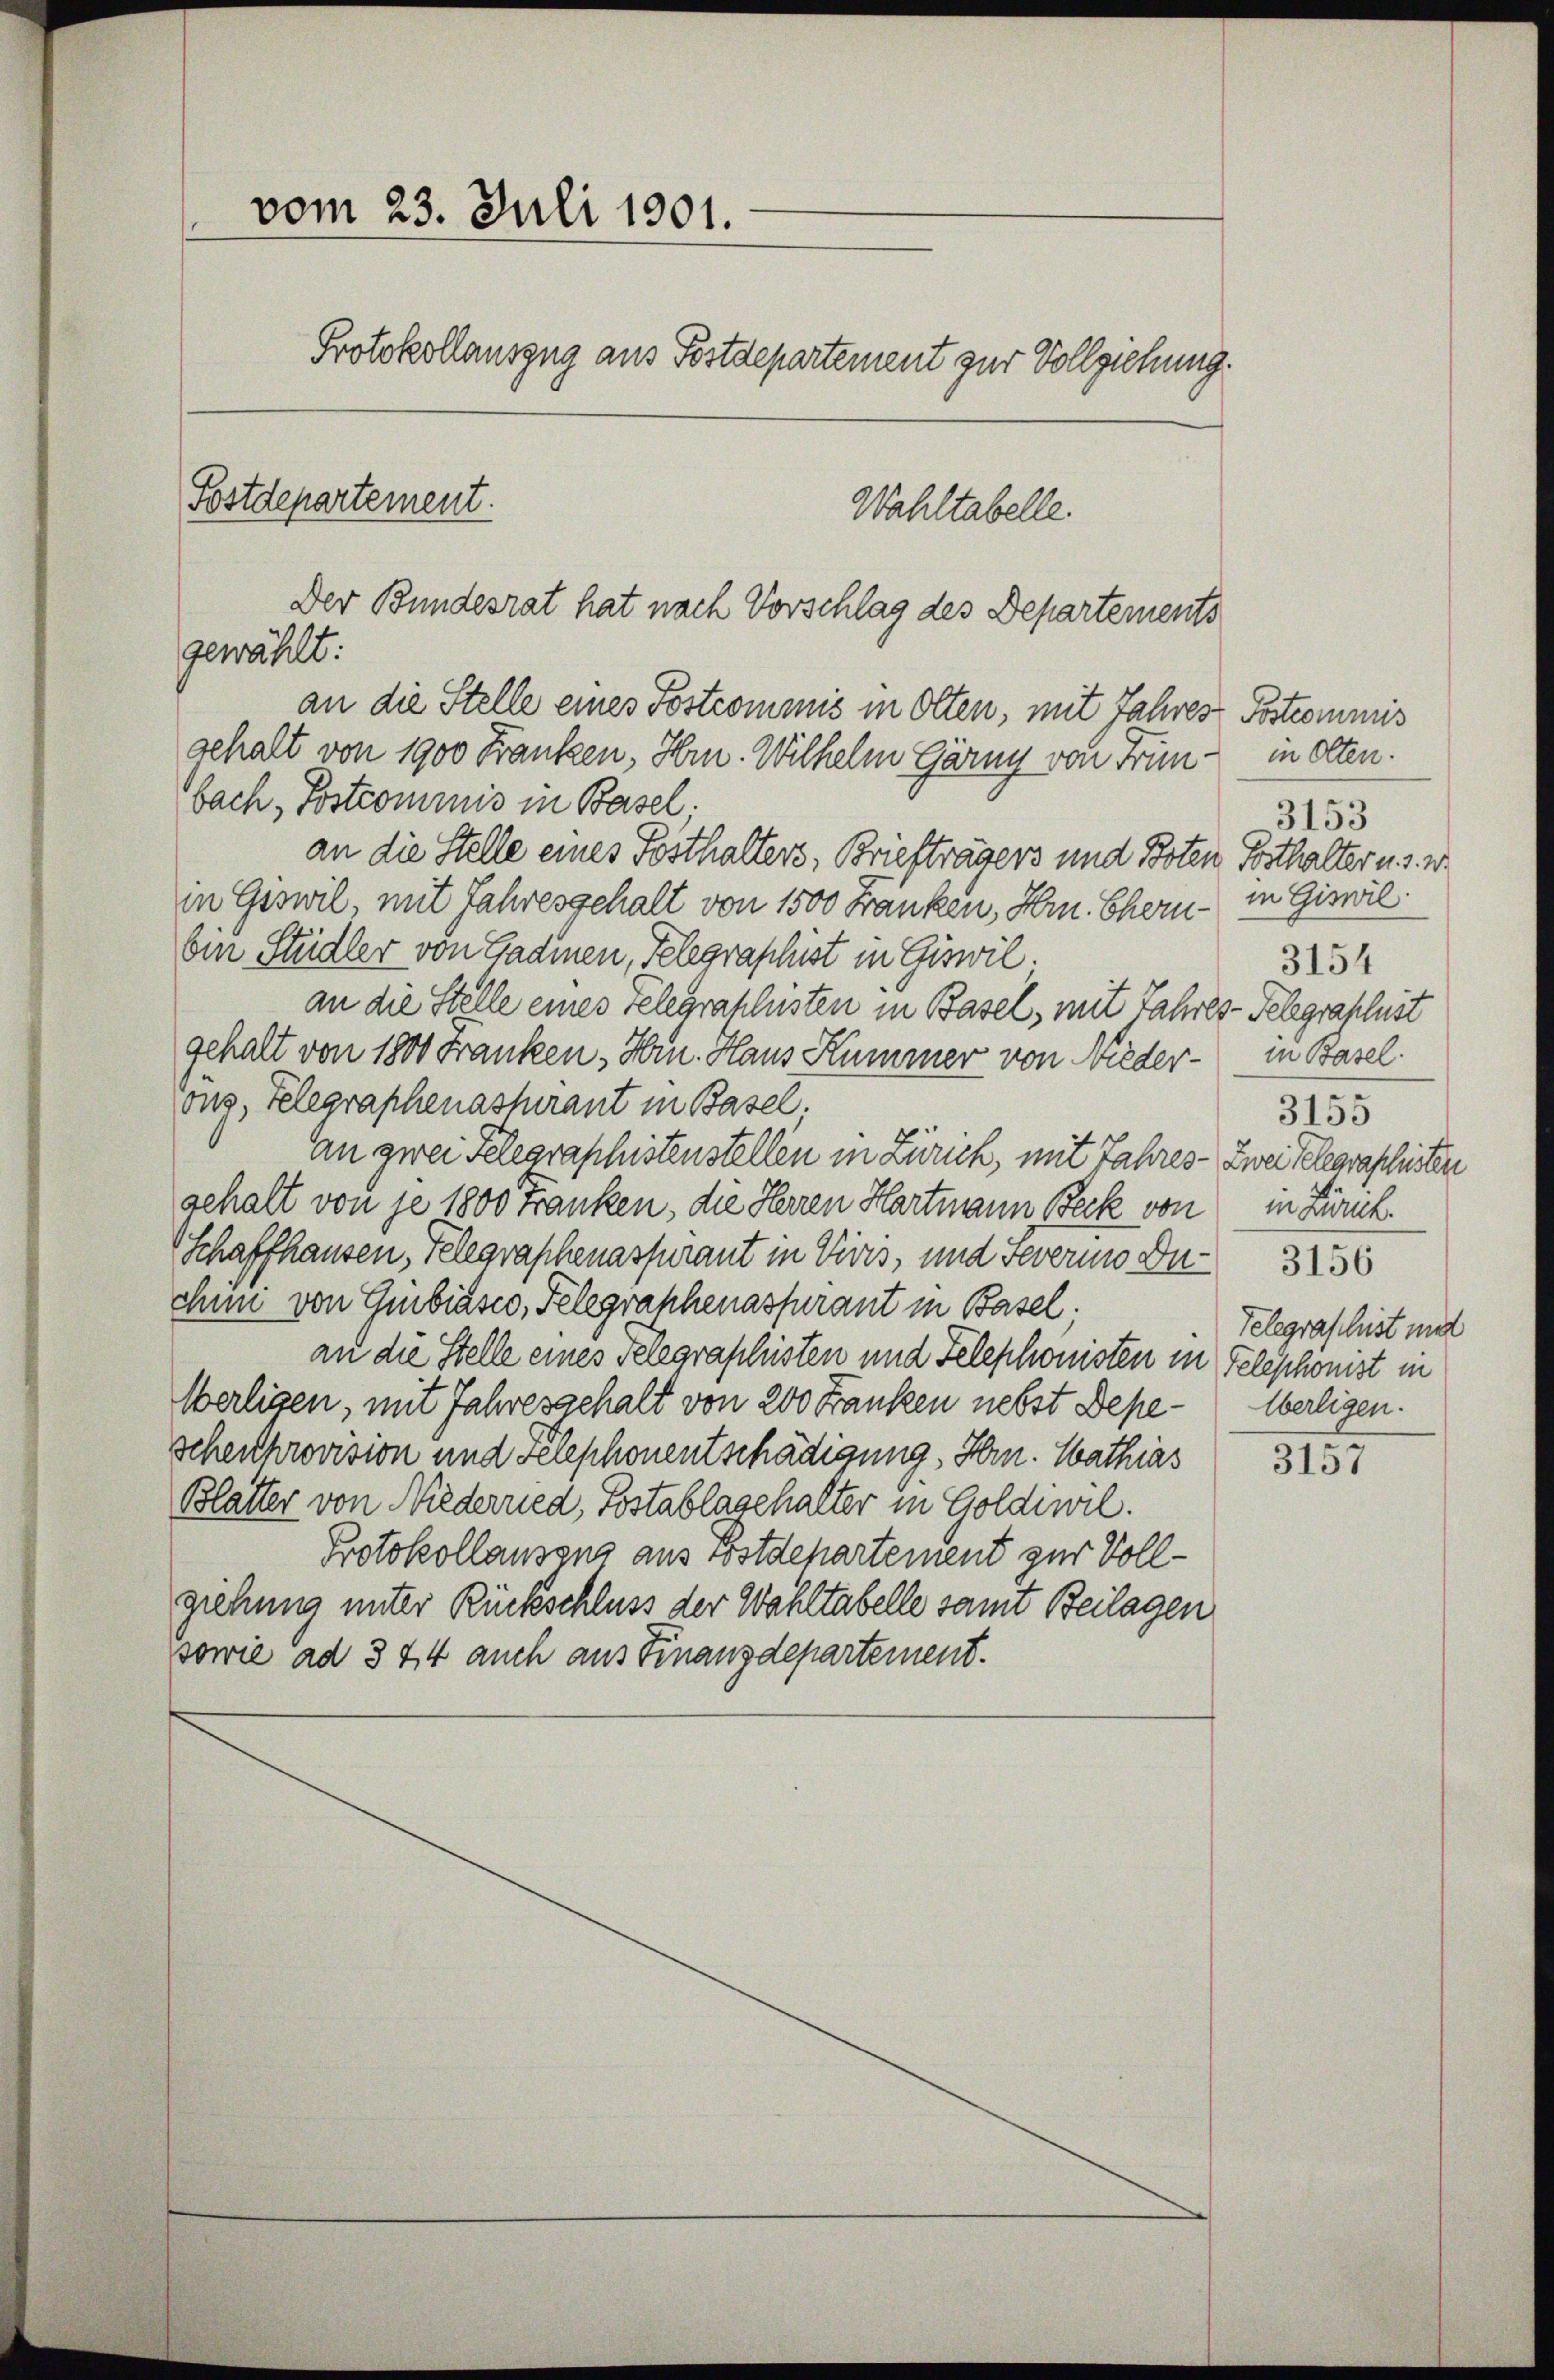
Der Bundesrat hat nach Vorschlag des Departements
gewählt:
an die Stelle eines Postcommis in Olten, mit Jahres Postcommis
gehalt von 1900 Franken, Hrn. Wilhelm Gärny von Frün- in Olten.

vom 23. Juli 1901.
Protokollauszug aus Postdepartement zur Vollziehung.
Postdepartement.
Wahltabelle.

bach, Postcommis in Basel.
an die Stelle eines Posthalters, Briefträgers und Boten Posthalter u. s. w.
in Geswil, mit Jahresgehalt von 1500 Franken, Hrn. Ehern - in Giswil.
Ein Studler von Gadinen, Telegraphist in Giswil.
an die Stelle eines Telegraphisten in Basel, mit Jahres-Telegraphist
gehalt von 1800 Franken, Hrn. Haus Kummer von Nieder- in Basel.
ons Telegraphenaspirant in Basel.
An zwei Telegraphistenstellen in Zürich, mit Jahres Zwei Telegraschisten
gehalt von je 1800 Franken, die Herren Hartmann Beck von in Zürch.
Schaffhausen, Telegraphenaspirant in Divis, und Feverio Du 3136
chüni von Gmbiasco, Telegraphenassurant in Basel.
an die Stelle eines Telegraschisten und Telephonisten in Telephonist in
Werligen, mit Jahresgehalt von 200 Franken nebst Depeschenthrovision und Telephonentschädigung. Hrn. Mathias
Blätter von Niederried, Postablagehalter in Goldiwil.
Protokollausens aus Bostdepartement zur Vollgiehung unter Rückschluss der Wahltabelle samt Beilagen
sowie ad 344 auch aus Finanzdepartement.

3153
3154
3155
Telegraschist und
werligen.

3157